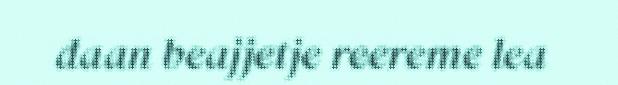
daan beajjetje reereme lea